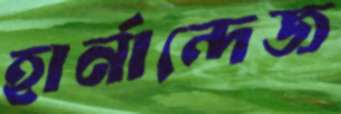
হার্নান্দেজ